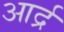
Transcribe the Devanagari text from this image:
आर्द्र